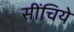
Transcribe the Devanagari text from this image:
सींचिये